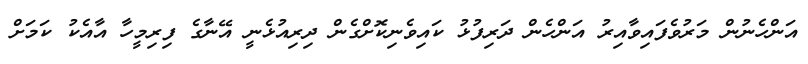
އަންހެނުން މަރުވެފައިވާއިރު އަންހެން ދަރިފުޅު ކައިވެނިކޮށްގެން ދިރިއުޅެނީ އޭނާގެ ފިރިމީހާ އާއެކު ކަމަށް